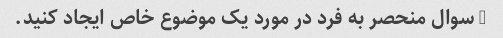
3 سوال منحصر به فرد در مورد یک موضوع خاص ایجاد کنید.